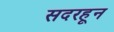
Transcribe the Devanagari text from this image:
सदरहून